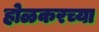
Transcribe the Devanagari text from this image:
होळकरच्या